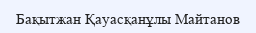
Бақытжан Қауасқанұлы Майтанов